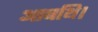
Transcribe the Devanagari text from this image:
आबथि।